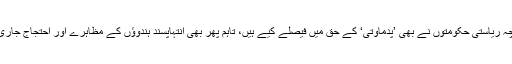
عدالتی فیصلوں کے بعد جہاں اگرچہ ریاستی حکومتوں نے بھی ’پدماوتی‘ کے حق میں فیصلے کیے ہیں، تاہم پھر بھی انتہاپسند ہندوؤں کے مظاہرے اور احتجاج جاری ہیں، بلکہ ان میں شدت آگئی ہے۔